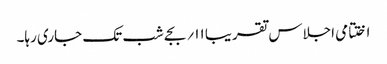
اختتامی اجلاس تقریبا ۱۱؍ بجے شب تک جاری رہا۔